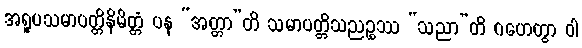
အရူပသမာပတ္တိနိမိတ္တံ ပန “အတ္တာ”တိ သမာပတ္တိသညဉ္စဿ “သညာ”တိ ဂဟေတွာ ဝါ